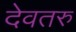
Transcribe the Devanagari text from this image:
देवतरु